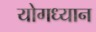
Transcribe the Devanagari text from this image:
योगध्‍यान